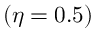
( \eta = 0 . 5 )